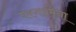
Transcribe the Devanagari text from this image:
परगामिना